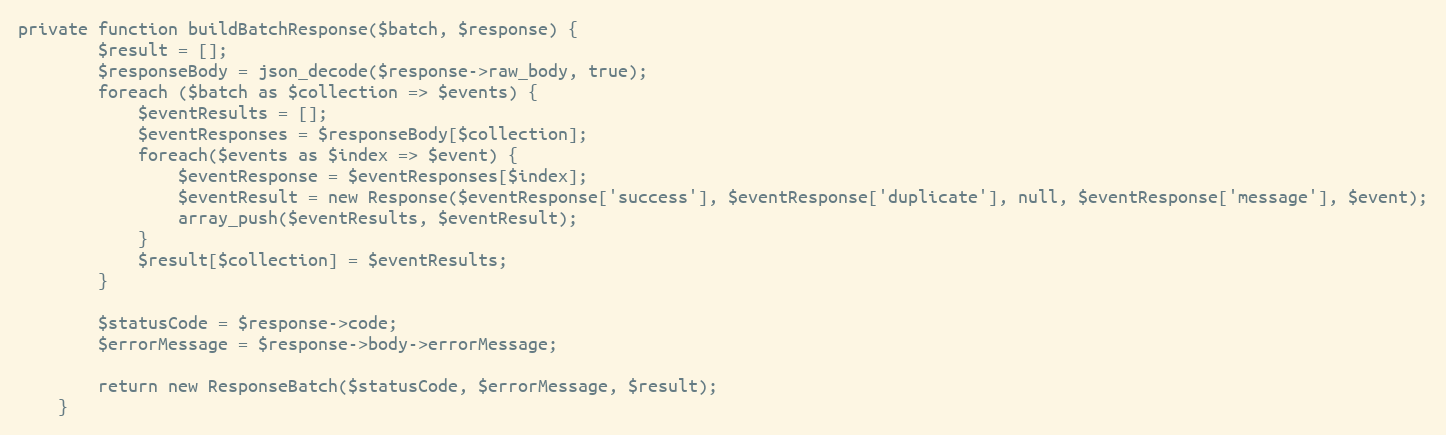
Language: PHP
private function buildBatchResponse($batch, $response) {
        $result = [];
        $responseBody = json_decode($response->raw_body, true);
        foreach ($batch as $collection => $events) {
            $eventResults = [];
            $eventResponses = $responseBody[$collection];
            foreach($events as $index => $event) {
                $eventResponse = $eventResponses[$index];
                $eventResult = new Response($eventResponse['success'], $eventResponse['duplicate'], null, $eventResponse['message'], $event);
                array_push($eventResults, $eventResult);
            }
            $result[$collection] = $eventResults;
        }

        $statusCode = $response->code;
        $errorMessage = $response->body->errorMessage;

        return new ResponseBatch($statusCode, $errorMessage, $result);
    }